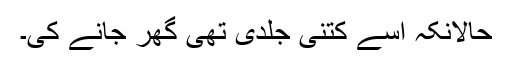
حالانکہ اسے کتنی جلدی تھی گھر جانے کی۔